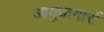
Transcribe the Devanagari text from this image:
आयुधागारों